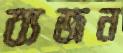
ব্যজন